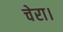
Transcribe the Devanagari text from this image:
चेरा।